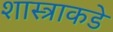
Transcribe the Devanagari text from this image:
शास्त्राकडे